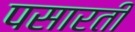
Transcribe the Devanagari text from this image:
पसारती